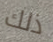
ذلك